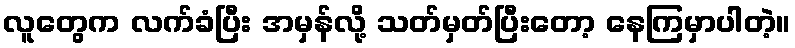
လူတွေက လက်ခံပြီး အမှန်လို့ သတ်မှတ်ပြီးတော့ နေကြမှာပါတဲ့။